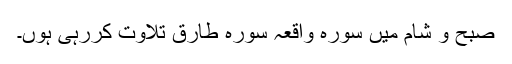
صبح و شام میں سورہ واقعہ سورہ طارق تلاوت کررہی ہوں۔